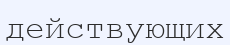
действующих